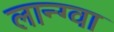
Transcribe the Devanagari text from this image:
लान्ग्वा